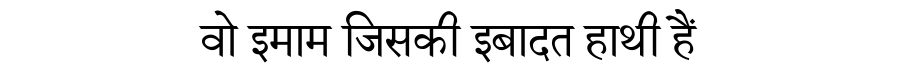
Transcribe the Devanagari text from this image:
वो इमाम जिसकी इबादत हाथी हैं